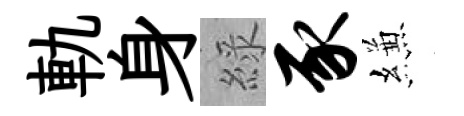
軌身綠豕縑